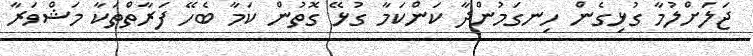
ޖަލަށްލުމާ ގުޅިގެން ހިނގަމުންދާ ކަންކަމާ ގުޅޭ ގޮތުން ކަމާ ބެހޭ ފަރާތްތަކާ މަޝްވަރާ